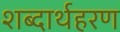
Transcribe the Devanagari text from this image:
शब्दार्थहरण